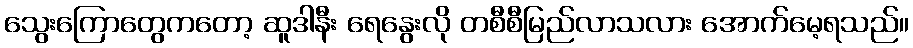
သွေးကြောတွေကတော့ ဆူဒါနီး ရေနွေးလို တစီစီမြည်လာသလား အောက်မေ့ရသည်။